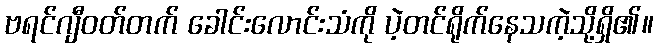
ဗရင်ဂျီဝတ်တက် ခေါင်းလောင်းသံကို ပဲ့တင်ရိုက်နေသကဲ့သို့ရှိ၏။